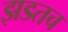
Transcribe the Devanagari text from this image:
झडतच